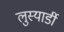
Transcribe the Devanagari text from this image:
लुस्यार्डी